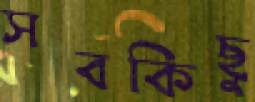
সবকিছু